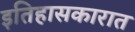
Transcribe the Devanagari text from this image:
इतिहासकारात